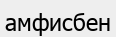
амфисбен